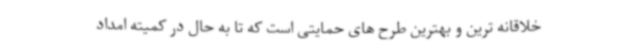
خلاقانه ترین و بهترین طرح های حمایتی است که تا به حال در کمیته امداد